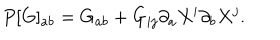
LaTeX: P [ G ] _ { a b } = G _ { a b } + G _ { i j } \partial _ { a } X ^ { i } \partial _ { b } X ^ { j } .